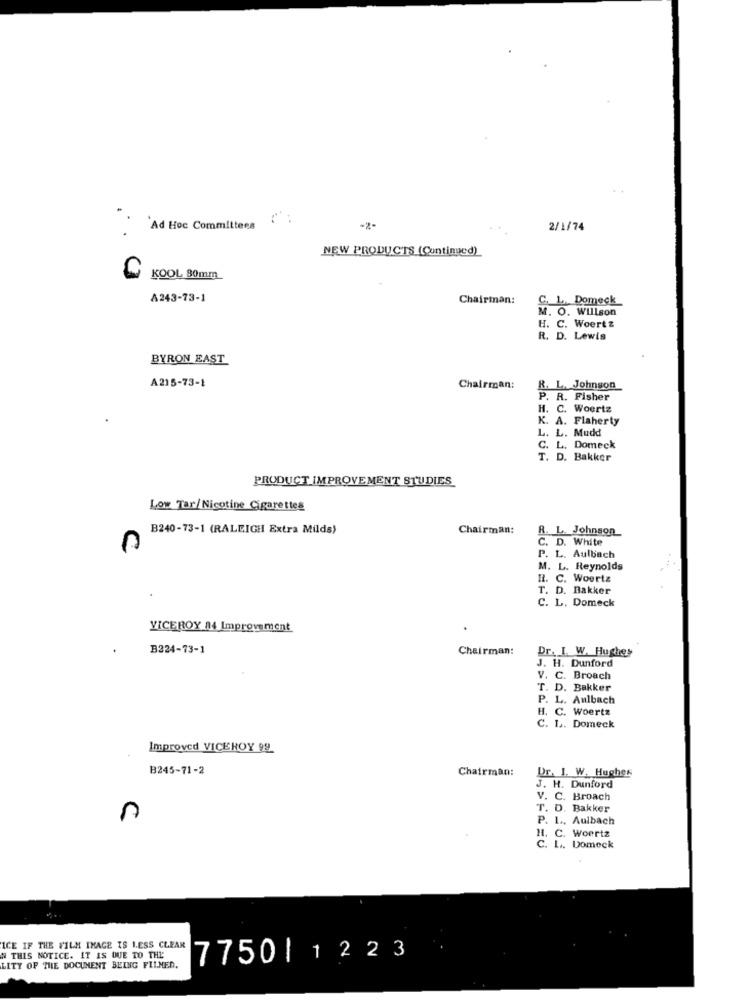
"Ad Hoc Committees
2/1/74
NEW PRODUCTS (Continued)
KOOL 80mm
A243-73-1
Chairman:
C. 1. Domeck
M. O. Willson
H. C. Woertz
R. D. Lewis
BYRON EAST
A215-73-1
Chairman:
R. L. Johnson
P. R. Fisher
H. C. Woertz
K. A. Flaherty
L. L. Mudd
C. L. Domeck
T. D. Bakker
PRODUCT IMPROVEMENT STUDIES
Low Tar/ Nicotine Cigarettes
B240-73-1 (RALEIGH Extra Milds)
Chairman:
.L. Johnson
C. D. White
P. L. Aulbach
M. L. Reynolds
Il. C. Woertz
T. D. Bakker
C. L. Domeck
VICEROY 84 Improvement
B224-73-1
Chairman:
Dr. I. W. Hughes
J. H. Dunford
V. C. Broach
T. D. Bakker
P. L. Aulbach
H. C. Woertz
C. L. Domeck
Improved VICEROY 99
B245-71-2
Chairman:
Dr. 1. W. Hughes
J. H. Dunford
V. C. Broach
T. D. Bakker
P. 1 ., Aulbach
H. C. Woertz
C. L .. Domeck
ICE IF THE FILM IMAGE IS 1.ESS CLEAR
IN THIS NOTICE. IT IS DUE TO THE
7750| 1223
LITY OF THE DOCUMENT BEING FILMED.